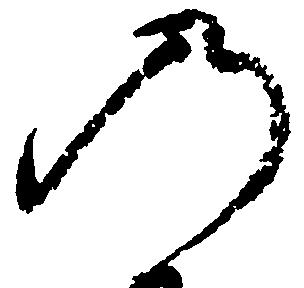
の